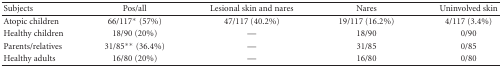
<table><thead><tr><td><b> Subjects</b></td><td><b>Pos/all</b></td><td><b>Lesional skin and nares</b></td><td><b>Nares</b></td><td><b>Uninvolved skin</b></td></tr></thead><tbody><tr><td>Atopic children</td><td>66/117* (57%)</td><td>47/117 (40.2%)</td><td>19/117 (16.2%)</td><td>4/117 (3.4%)</td></tr><tr><td>Healthy children</td><td>18/90 (20%)</td><td>—</td><td>18/90</td><td>0/90</td></tr><tr><td>Parents/relatives</td><td>31/85** (36.4%)</td><td>—</td><td>31/85</td><td>0/85</td></tr><tr><td>Healthy adults</td><td>16/80 (20%)</td><td>—</td><td>16/80</td><td>0/80</td></tr></tbody></table>